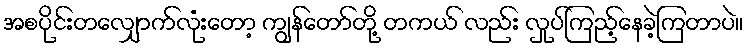
အစပိုင်းတလျှောက်လုံးတော့ ကျွန်တော်တို့ တကယ် လည်း လှုပ်ကြည့်နေခဲ့ကြတာပဲ။